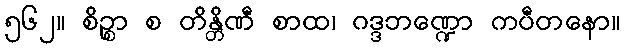
၅၆၂။ စိဉ္စာ စ တိန္တိဏီ စာထ၊ ဂဒ္ဒဘဏ္ဍော ကပီတနော။